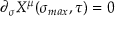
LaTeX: \partial _ { \sigma } X ^ { \mu } ( \sigma _ { m a x } , \tau ) = 0